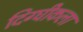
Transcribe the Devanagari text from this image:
दिग्घीकला